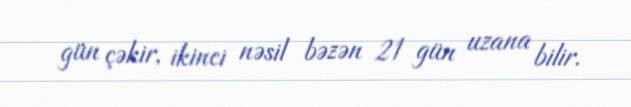
gün çəkir, ikinci nəsil bəzən 21 gün uzana bilir.